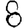
Digit: 8